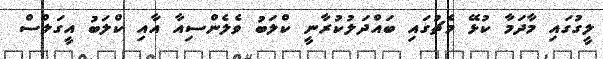
ލީގުގައި މާދަމާ ކުޅޭ މެޗުގައި ބައްދަލުކުރާނީ ކްލަބު ވެލެންސިއާ އާއި ކްލަބު އީގަލްސް